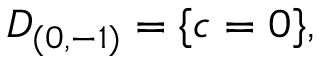
{ \cal D } _ { ( 0 , - 1 ) } = \{ c = 0 \} ,